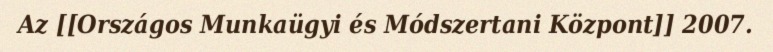
Az [[Országos Munkaügyi és Módszertani Központ]] 2007.